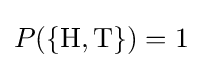
P(\{{\text{H}},{\text{T}}\})=1